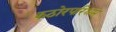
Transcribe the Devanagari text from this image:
कठोरपरिश्रम